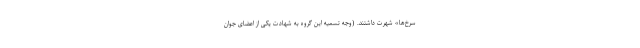
سرخ‌ها» شهرت داشتند. (وجه تسمیه این گروه به شهادت یکی از اعضای جوان